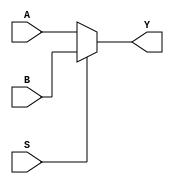
module mux_2to1 (
    input wire A,
    input wire B,
    input wire S,
    output reg Y
);

always @(A, B, S)
begin
    if (S == 1'b0)
        Y = A;
    else
        Y = B;
end

endmodule